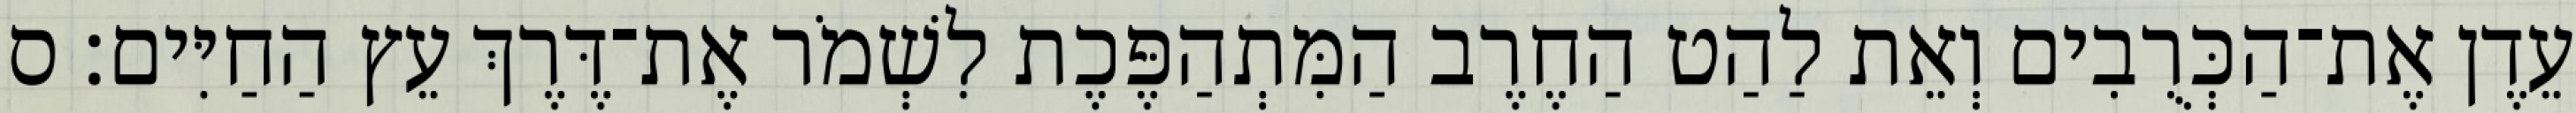
עֵדֶן אֶת־הַכְּרֻבִים וְאֵת לַהַט הַחֶרֶב הַמִּתְהַפֶּכֶת לִשְׁמֹר אֶת־דֶּרֶךְ עֵץ הַחַיִּים׃ ס